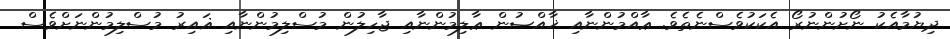
ދިޔުމާއެކު ނޯށުންނުރޯ އެކަކުވެސްނެތެވެ. ޢާއްމުންނާއި ޚާއްޞުން ޢާލިމުންނާއި ޖާހިލުން މުސްލިމުންނާއި ޣައިރު މުސްލިމުންނަށްވެސް